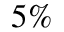
5 \%